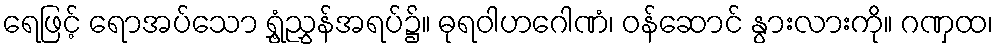
ရေဖြင့် ရောအပ်သော ရွှံ့ညွှန်အရပ်၌။ ဓုရဝါဟဂေါဏံ၊ ဝန်ဆောင် နွားလားကို။ ဂဏှထ၊